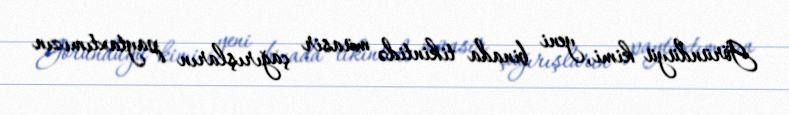
Göründüyü kimi, yeni binada tikintidə müasir çağırışların paytaxtımızın